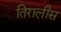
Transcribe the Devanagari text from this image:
तिरालीस